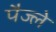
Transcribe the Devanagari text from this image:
पैज्ले